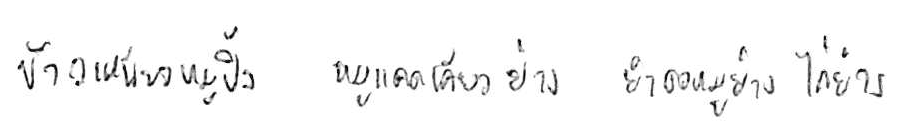
ข้าวเหนียวหมูปิ้ง หมูแดดเดียวย่าง ยำคอหมูย่าง ไก่ย่าง